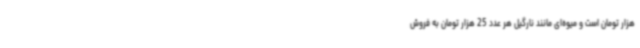
هزار تومان است و میوه‌ای مانند نارگیل هر عدد 25 هزار تومان به فروش